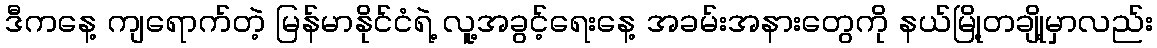
ဒီကနေ့ ကျရောက်တဲ့ မြန်မာနိုင်ငံရဲ့ လူ့အခွင့်ရေးနေ့ အခမ်းအနားတွေကို နယ်မြို့တချို့မှာလည်း